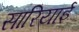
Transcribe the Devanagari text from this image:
सारियाई